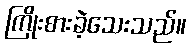
ကြိုးစားခဲ့သေးသည်။